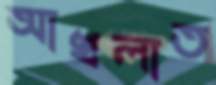
আখলাত